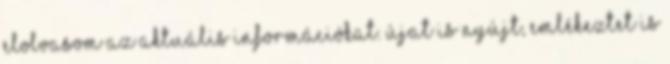
elolvasom az aktuális információkat. Újat is nyújt, emlékeztet is